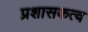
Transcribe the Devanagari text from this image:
प्रशासकत्व